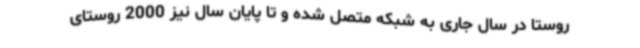
روستا در سال جاری به شبکه متصل شده و تا پایان سال نیز 2000 روستای